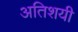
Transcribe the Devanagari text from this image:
अतिशयी